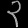
Digit: ၃